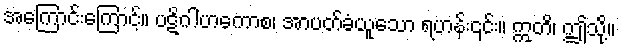
အကြောင်းကြောင့်။ ပဋိဂါဟကောစ၊ အာပတ်ခံယူသော ရဟန်း၎င်း။ ဣတိ၊ ဤသို့။